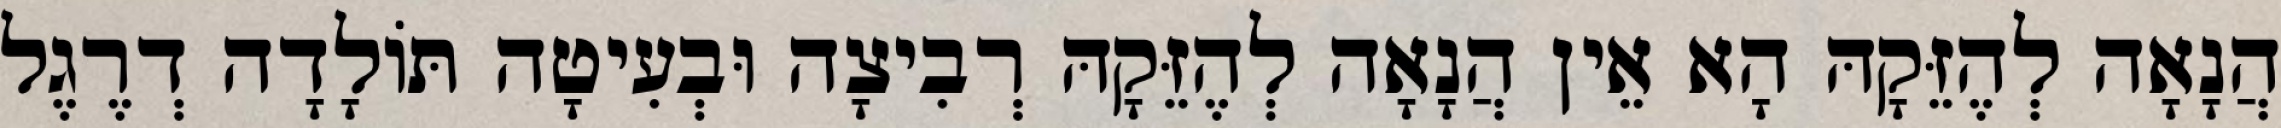
הֲנָאָה לְהֶזֵּקָהּ הָא אֵין הֲנָאָה לְהֶזֵּקָהּ רְבִיצָה וּבְעִיטָה תּוֹלָדָה דְרֶגֶל